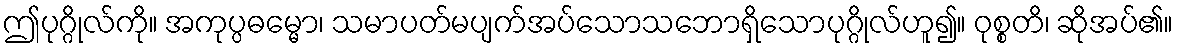
ဤပုဂ္ဂိုလ်ကို။ အကုပ္ပဓမ္မော၊ သမာပတ်မပျက်အပ်သောသဘောရှိသောပုဂ္ဂိုလ်ဟူ၍။ ဝုစ္စတိ၊ ဆိုအပ်၏။